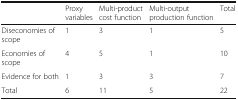
<table><thead><tr><td></td><td><b>Proxy variables</b></td><td><b>Multi-product cost function</b></td><td><b>Multi-output production function</b></td><td><b>Total</b></td></tr></thead><tbody><tr><td>Diseconomies of scope</td><td>1</td><td>3</td><td>1</td><td>5</td></tr><tr><td>Economies of scope</td><td>4</td><td>5</td><td>1</td><td>10</td></tr><tr><td>Evidence for both</td><td>1</td><td>3</td><td>3</td><td>7</td></tr><tr><td>Total</td><td>6</td><td>11</td><td>5</td><td>22</td></tr></tbody></table>